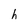
Character: h